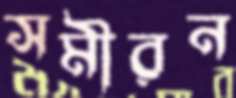
সমীরন